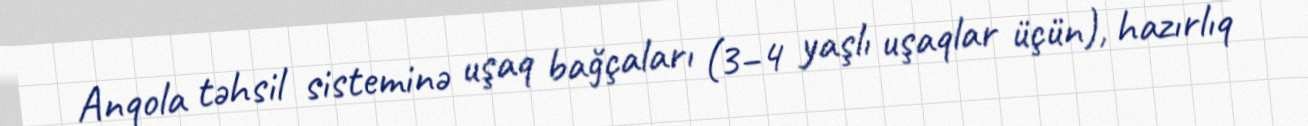
Anqola təhsil sisteminə uşaq bağçaları (3–4 yaşlı uşaqlar üçün), hazırlıq